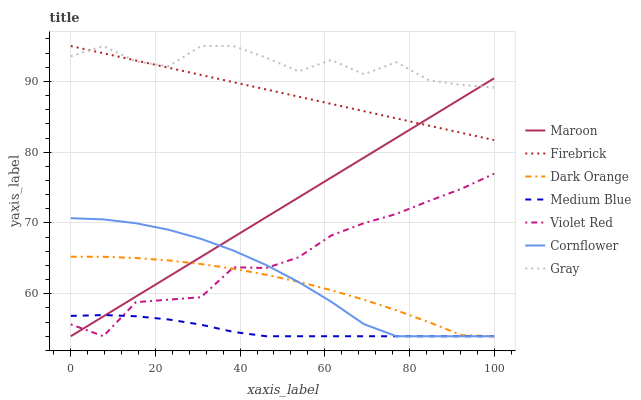
| xaxis_label | Maroon | Firebrick | Dark Orange | Medium Blue | Violet Red | Cornflower | Gray |
 | --- | --- | --- | --- | --- | --- | --- | --- |
 | 0 | 54 | 95 | 65.2 | 56.9 | 55.7 | 70.7 | 93.6 |
 | 7.69 | 56.8 | 94 | 65.2 | 57 | 54 | 70.5 | 95 |
 | 15.4 | 59.6 | 93 | 65.1 | 56.8 | 58.8 | 70 | 92.8 |
 | 23.1 | 62.4 | 91.9 | 64.7 | 56.4 | 59.2 | 69 | 92.1 |
 | 30.8 | 65.2 | 90.9 | 64.2 | 55.6 | 59.5 | 67.8 | 95 |
 | 38.5 | 68 | 89.9 | 63.5 | 54.6 | 63.8 | 66.1 | 95 |
 | 46.2 | 70.8 | 88.9 | 62.7 | 54 | 63.6 | 64.1 | 93.4 |
 | 53.8 | 73.6 | 87.8 | 61.7 | 54 | 65.2 | 61.7 | 91.4 |
 | 61.5 | 76.4 | 86.8 | 60.5 | 54 | 68.2 | 58.9 | 93 |
 | 69.2 | 79.2 | 85.8 | 59.2 | 54 | 70 | 55.7 | 91 |
 | 76.9 | 82 | 84.8 | 57.7 | 54 | 71.3 | 54 | 92.7 |
 | 84.6 | 84.8 | 83.8 | 56 | 54 | 73.1 | 54 | 90.2 |
 | 92.3 | 87.6 | 82.7 | 54.1 | 54 | 74.8 | 54 | 89.5 |
 | 100 | 90.4 | 81.7 | 54 | 54 | 77 | 54 | 89.1 |